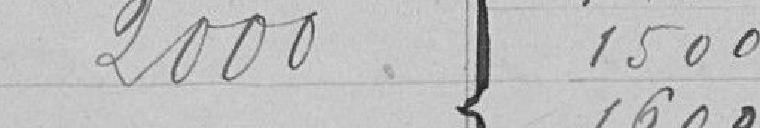
2000